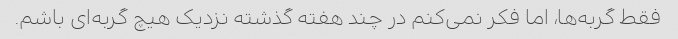
فقط گربه‌ها، اما فکر نمی‌کنم در چند هفته گذشته نزدیک هیچ گربه‌ای باشم.